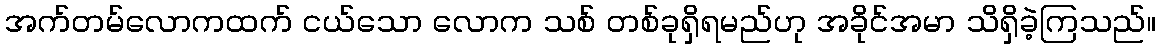
အက်တမ်လောကထက် ငယ်သော လောက သစ် တစ်ခုရှိရမည်ဟု အခိုင်အမာ သိရှိခဲ့ကြသည်။